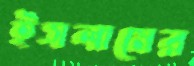
ইসলামের